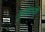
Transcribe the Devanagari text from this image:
कुड़ेदानों